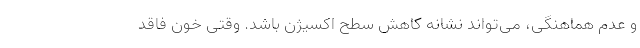
و عدم هماهنگی، می‌تواند نشانه کاهش سطح اکسیژن باشد. وقتی خون فاقد